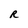
Character: R